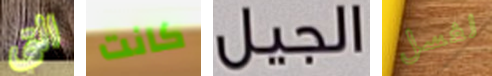
التي كانت الجيل لغسل